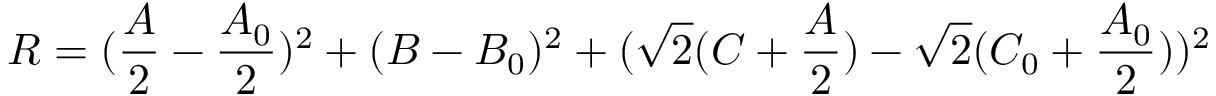
R = ( \frac { A } { 2 } - \frac { A _ { 0 } } { 2 } ) ^ { 2 } + ( B - B _ { 0 } ) ^ { 2 } + ( \sqrt { 2 } ( C + \frac { A } { 2 } ) - \sqrt { 2 } ( C _ { 0 } + \frac { A _ { 0 } } { 2 } ) ) ^ { 2 }